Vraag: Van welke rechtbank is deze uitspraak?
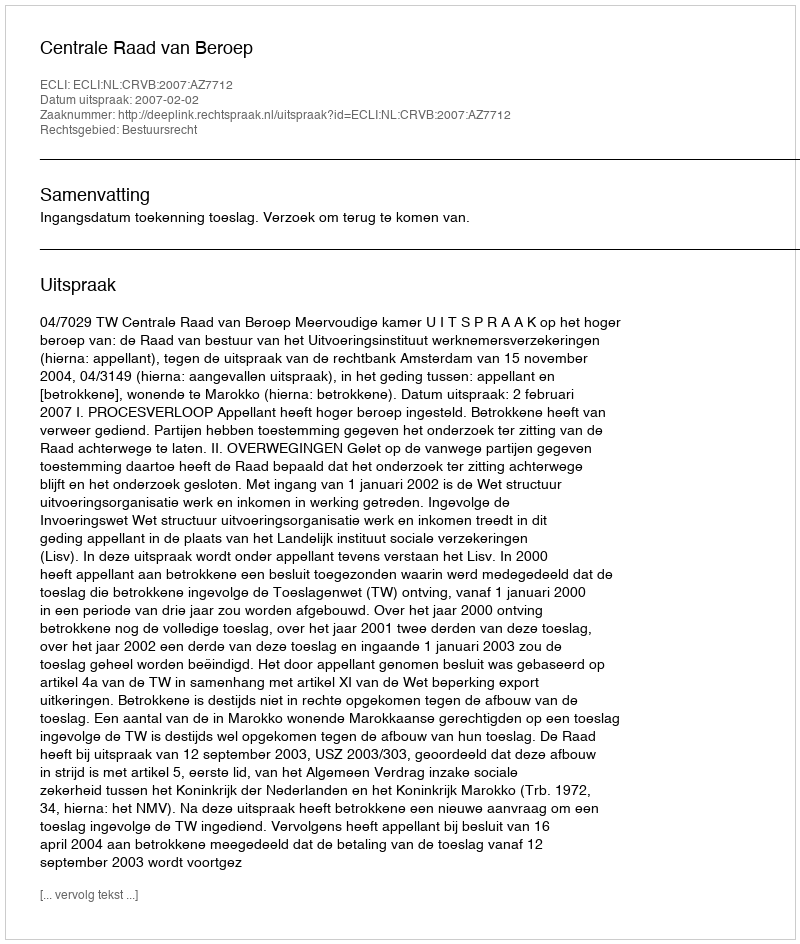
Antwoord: Centrale Raad van Beroep